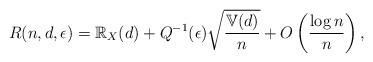
LaTeX: \begin{align*}R(n, d, \epsilon) = \mathbb{R}_{X}(d) + Q^{-1}(\epsilon)\sqrt{\frac{\mathbb{V}(d)}{n}} + O\left(\frac{\log n}{n}\right), \end{align*}